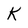
Character: K